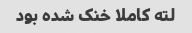
لته کاملا خنک شده بود